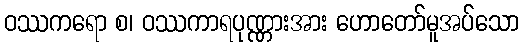
ဝဿကရော စ၊ ဝဿကာရပုဏ္ဏားအား ဟောတော်မူအပ်သော